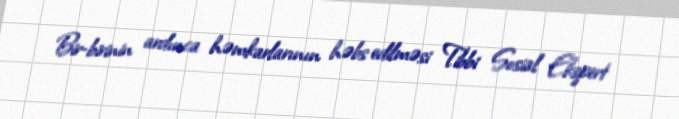
Bir-birinin ardınca həmkarlarının həbs edilməsi Tibbi Sosial Ekspert